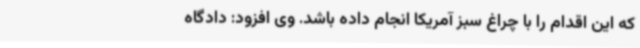
که این اقدام را با چراغ سبز آمریکا انجام داده باشد. وی افزود: دادگاه